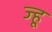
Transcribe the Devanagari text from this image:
ज्हू